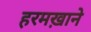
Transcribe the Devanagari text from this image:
हरमख़ाने